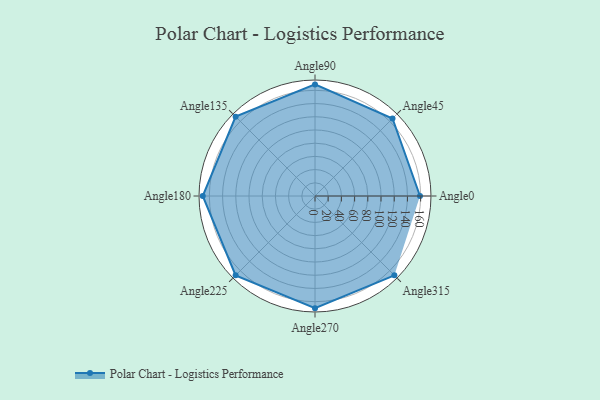
{"axis": {"x": "Angle", "y": "Radius"}, "legend": [""], "data": [{"x": "Angle0", "y": 159.0, "type": ""}, {"x": "Angle45", "y": 166.0, "type": ""}, {"x": "Angle90", "y": 169.0, "type": ""}, {"x": "Angle135", "y": 170, "type": ""}, {"x": "Angle180", "y": 170, "type": ""}, {"x": "Angle225", "y": 170, "type": ""}, {"x": "Angle270", "y": 170, "type": ""}, {"x": "Angle315", "y": 170, "type": ""}]}